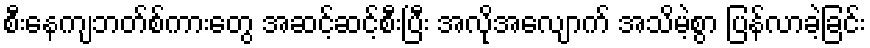
စီးနေကျဘတ်စ်ကားတွေ အဆင့်ဆင့်စီးပြီး အလိုအလျောက် အသိမဲ့စွာ ပြန်လာခဲ့ခြင်း